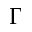
\Gamma